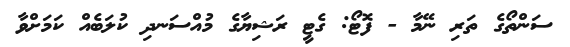
ސަންތޯގެ ތަރި ނޭމާ - ފޮޓޯ: ގެޓީ ރަޝިޔާގެ މުއްސަނދި ކުލަބެއް ކަމަށްވާ